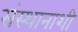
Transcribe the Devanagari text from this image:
संस्थानाशी